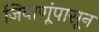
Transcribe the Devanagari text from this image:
जिवाणूंपासून